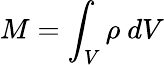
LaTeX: M=\int_{V}\rho\ dV